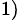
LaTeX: ^{1)}